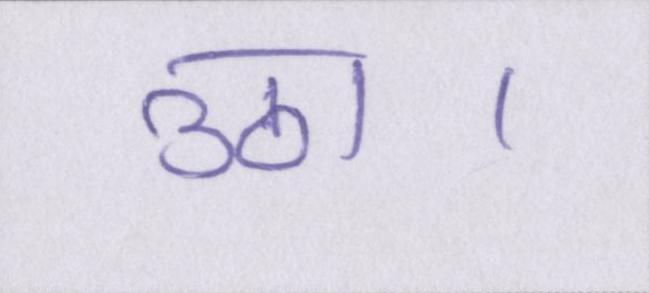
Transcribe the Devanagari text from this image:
उठा।